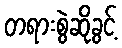
တရားစွဲဆိုခွင့်